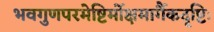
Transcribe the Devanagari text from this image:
भवगुणपरमेष्टिर्मोक्षमार्गैकदृष्टिः